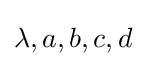
\lambda ,a,b,c,d